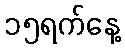
၁၅ရက်နေ့